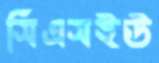
সিএসইউ